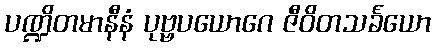
ပဏ္ဍိတမာနီနံ ပုဗ္ဗပယောဂေ ဇီဝိတသင်္ခယော